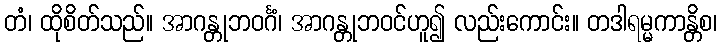
တံ၊ ထိုစိတ်သည်။ အာဂန္တုဘဝင်္ဂံ၊ အာဂန္တုဘဝင်ဟူ၍ လည်းကောင်း။ တဒါရမ္မကာန္တိစ၊